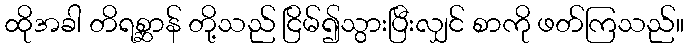
ထိုအခါ တိရစ္ဆာန် တို့သည် ငြိမ်၍သွားပြီးလျှင် စာကို ဖတ်ကြသည်။